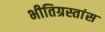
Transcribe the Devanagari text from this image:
भीतिग्रस्तांस